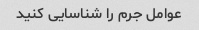
عوامل جرم را شناسایی کنید